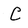
Character: C